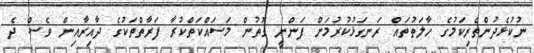
ނުކުޅެދުންތެރިކަމުގެ ހާލަތުތައް ރަނގަޅުކުރުމަށް ފަންނީ ގޮތުން މަސައްކަތްކުރާ ފަރާތްތަކުގެ ދާއިރާއިން ވެސް ދެ